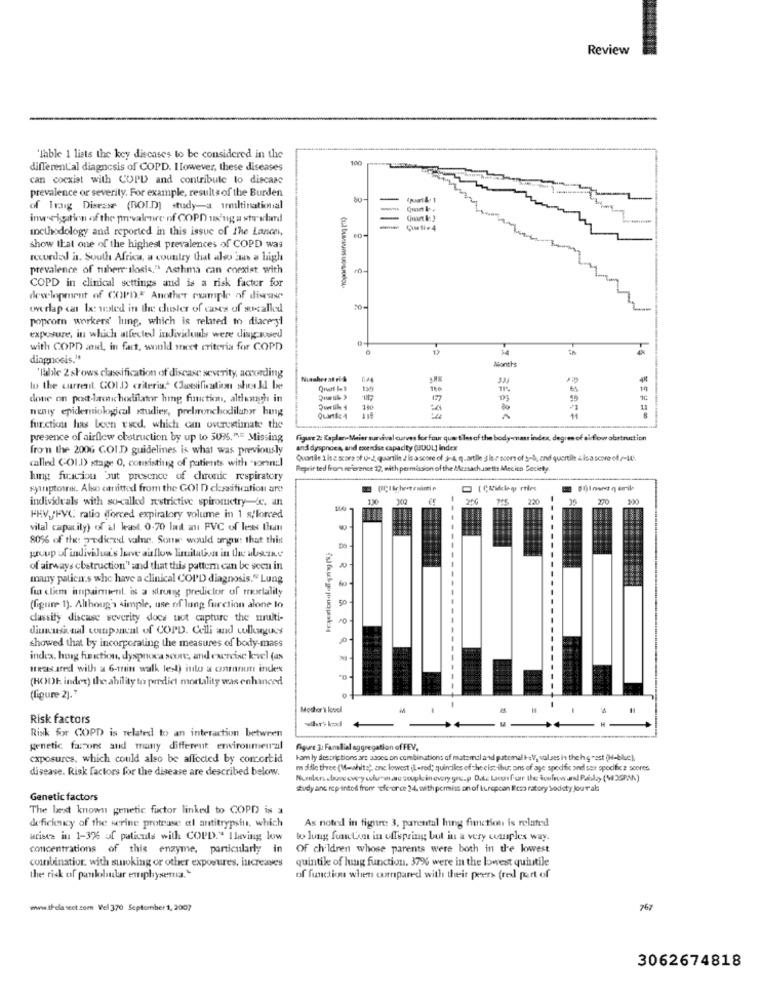
Review
"Iable 1 lists the key diseases to be considered in the
different'al diagnosis of COPD. Ilowever, these diseases
can coexist with COPD and contribute to discase
prevalence or severily. For example, results of the Burden
of Traig Disease (BOI.D) study-a irmultinational
methodology and reported in this issue of the Lancei,
show that one of the highest prevalences of COPD was
recorded in. South Africa, a country that also ans a high
prevalence of tuherr ilosis." Asthma can coexist with
COPD in clinical settings and is a risk factor for
development of COPD" Another example of disease
overlap can be: voled in the cluster of cases of xscalled
popcorn workers' luing, which is related to diaceryl
exposure, in which atfected individuals were ding-weed
with COPD and, in fact, would meet criteria for COPD
12
diagnosis."
try
Months
'Table 2 shows classification of disease severity, according
Nussher at ri&
to the current GOLD criteria." (Jasesifination shesedd Inee
11%
19
done on post-lance hodilator hig function, altiumgh in
17
neniy epidemiological studies, prebronchodilabor hung
180
等三花 書
Quante 4
11
fur.ction has been veed, which can overestimate the
presence of airflow obstruction by up to 50%5. ME Missing
Figure 2: Kaplan-Meier survival curves for four quest'les of the body-mass index, degree of ai flow obstruction
fromn the 2006 GOLD guidelines is what was previously
and dyspnoea, and extendse capacity (UDDL] index
Quartile 1 lse scors of u-2. quantile 2 ls a score of 3-4. quartile 3 is e score of s-S, and quertil isa score-of /-14.
called GOLD) stage 0, consisting of patients with "tornul
Reprir ted from reference 12, with permission of the Massachusetts Mecien Ceskety
lung funcion but presence of chronic respiratory
symptoms. Also canitted from the GOI D classification are
individuals with so-called restrictive spirometry c. an
200 745 220
270 100
FHV/PVC ratio (forced expiralory volume in 1 s/forced
vilal capacity) of al least 0.70 ladl ani PVC of less than
80% of the prediczid valne. Some would angi: that this
group of'individua's live airflow limitation in the ulaine
of airways clstruction" and that this pattern can be seen in
mary patica.s whe have a clinical COPD diagnosis." Lung
fi cliem impairment. is a strong predictor of mortality
(figure 1). Although simple, use of lung function alone to
dassity disease severity docs not capture the multi-
10
dimusical component of COPD. Celli and colleagues
showed that by incorporating the measures of body-mass
index, hog faction, dyspnoca score, and exercise level (as
meas ared with a 6-min walk lesl) into a cannon indes
(HODE index) the ability to predict mortality was enhanced
(ligure 2]."
Mother's lovell
Risk factors
Risk for COPD is related to an interaction between
genetic farmor and many different environmenal
Figure 3: Fanellial aggregation of FEV.
exposures, which could also be affected by concortid
ham ly descriptions arz adoce on combinations of matsmal and patemal tet, values in thehighest (H-bluc),
disease. Risk factors for the disease are described below.
m aldlc three (Mewhite), ane lowwest (L=red; quindiles of che els; ibu: ons of age specific and sex specific 2 scores
study and reprinted from "eferor ce 24. with permilss on of European Resa ratory Sodiety Jour als
Genetic factors
The best known genetic factor linked to COPD is a
As noted in figur: 3, parental hing fimction is related
deficiency of the serine protrase al antitrypsin, which
arista in 1-376 of paticuls with COPD." Ilaving low
to lung function in offspring but in a very couples way.
concentrations of this enzyme, particularly in
Of children whose parents were both in the lowest
quintile of lung function. 37% were in the lowest quiutile
combination with smoking or other exposures, lucreaves
the risk of panlobular emphysema."
of functions when compared with their pervers (red part of
www.Ildlasect.com Vel 370 September 1, 2007
767
3062674818